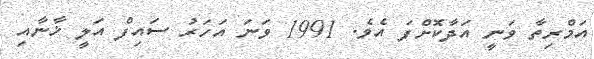
އަމްރިތާ ވަނީ އަދާކޮށްފަ އެވެ. 1991 ވަނަ އަހަރު ސައިފް އަލީ ޚާނާއި